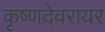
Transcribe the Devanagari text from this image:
कृष्णदेवरायर